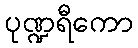
ပုဏ္ဍရီကော